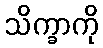
သိက္ခာကို